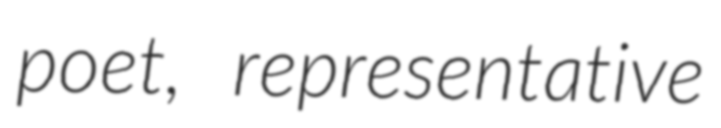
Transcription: poet, representative